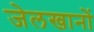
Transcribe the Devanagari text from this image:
जेलखानों